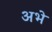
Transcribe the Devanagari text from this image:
अभे